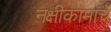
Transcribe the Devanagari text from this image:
नक्षीकामाचे